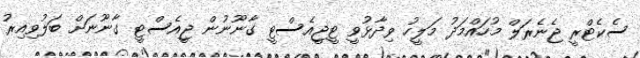
ސެކެޓްރީ ޖެނެރަލް މުހައްމަދު މަލީހު ވިދާޅުވީ ޓީޖީއެސްޓީ ގާނޫނުން ޖީއެސްޓީ ގާނޫނަށް ބަލުވިއިރު